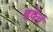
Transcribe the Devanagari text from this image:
हवेचं